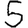
Digit: 5